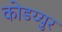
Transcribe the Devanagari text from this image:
कोडय्युर